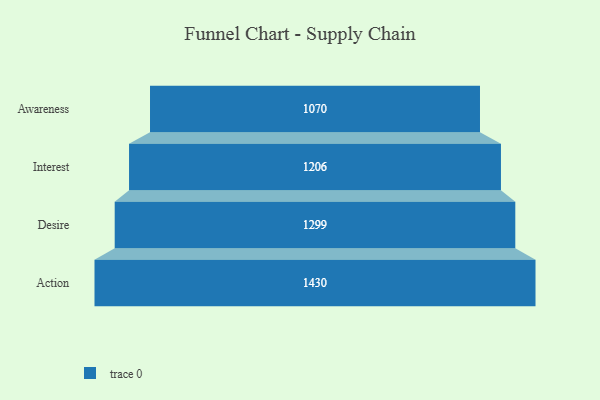
{"axis": {"x": "Stage", "y": "Value"}, "legend": [""], "data": [{"x": "Awareness", "y": 1070.0, "type": ""}, {"x": "Interest", "y": 1206.0, "type": ""}, {"x": "Desire", "y": 1299.0, "type": ""}, {"x": "Action", "y": 1430.0, "type": ""}]}